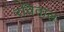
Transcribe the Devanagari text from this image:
रतिताल